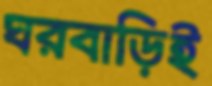
ঘরবাড়িই